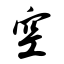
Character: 空